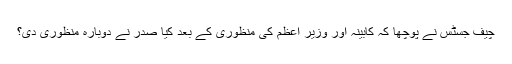
چیف جسٹس نے پوچھا کہ کابینہ اور وزیر اعظم کی منظوری کے بعد کیا صدر نے دوبارہ منظوری دی؟